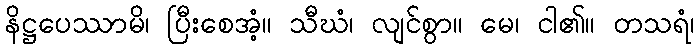
နိဋ္ဌပေဿာမိ၊ ပြီးစေအံ့။ သီဃံ၊ လျင်စွာ။ မေ၊ ငါ၏။ တသရံ၊